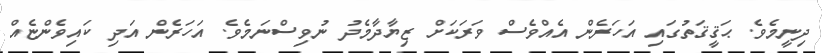
ދިނީމެވެ. ޙަޤީޤަތުގައި އަހަރެން އެއްވެސް ވަރަކަށް ޒިޔާދާމެދު ނުވިސްނަމެވެ. އަހަރެން އަދި ކައިވެންޏެއް